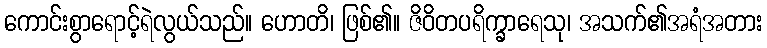
ကောင်းစွာရောင့်ရဲလွယ်သည်။ ဟောတိ၊ ဖြစ်၏။ ဇိဝိတပရိက္ခာရေသု၊ အသက်၏အရံအတား